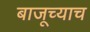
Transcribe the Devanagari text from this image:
बाजूच्याच